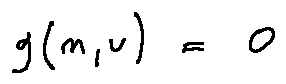
g ( n , v ) = 0